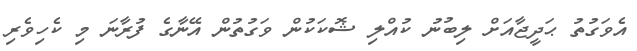
އެވަގުތު ޙަދީޖާއަށް ލިބުނު ކުއްލި ޝޮކަކުން ވަގުތުން އޭނާގެ ފުރާނަ މި ކެހިވެރި